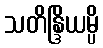
သတိန္ဒြိယမ္ပိ